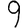
Digit: 9